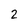
Character: 2